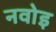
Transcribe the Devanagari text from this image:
नवोइ